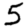
Digit: 5